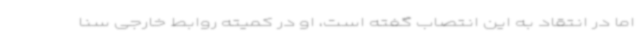
اما در انتقاد به این انتصاب گفته است، او در کمیته روابط خارجی سنا